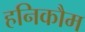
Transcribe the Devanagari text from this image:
हनिकौम